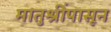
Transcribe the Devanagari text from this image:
मातुश्रींपासून